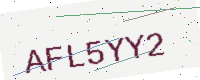
Text: AFL5YY2